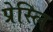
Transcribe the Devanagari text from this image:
प्रेस्लि